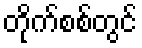
တိုက်စစ်တွင်